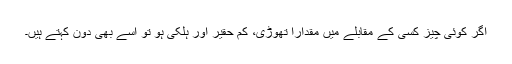
اگر کوئی چیز کسی کے مقابلے میں مقداراً تھوڑی، کم حقیر اور ہلکی ہو تو اسے بھی دُوْنَ کہتے ہیں۔